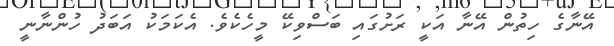
އޭނާގެ ހިތުން އޭނާ އަކީ ރަށުގައި ބަސްވިކޭ މީހެކެވެ. އެކަމަކު އަބަދު ހުންނާނީ